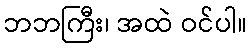
ဘဘကြီး၊ အထဲ ဝင်ပါ။